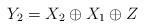
LaTeX: \begin{align*}Y_2=X_2\oplus X_1 \oplus Z\end{align*}